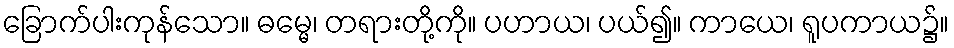
ခြောက်ပါးကုန်သော။ ဓမ္မေ၊ တရားတို့ကို။ ပဟာယ၊ ပယ်၍။ ကာယေ၊ ရူပကာယ၌။